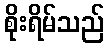
စိုးရိမ်သည်